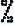
%